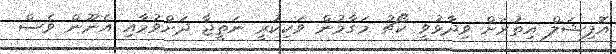
އޮފިޝަލް އިތުރަށް ވިދާޅުވީ ކޯޗު މަގާމުން ވަކިކުރީ ނަތީޖާ ދަށްވުމާއި އެނޫން ވެސް